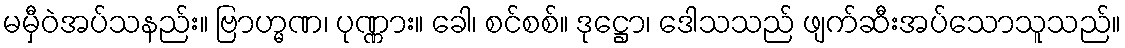
မမှီဝဲအပ်သနည်း။ ဗြာဟ္မဏ၊ ပုဏ္ဏား။ ခေါ၊ စင်စစ်။ ဒုဋ္ဌော၊ ဒေါသသည် ဖျက်ဆီးအပ်သောသူသည်။